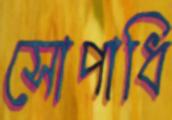
সোপাধি